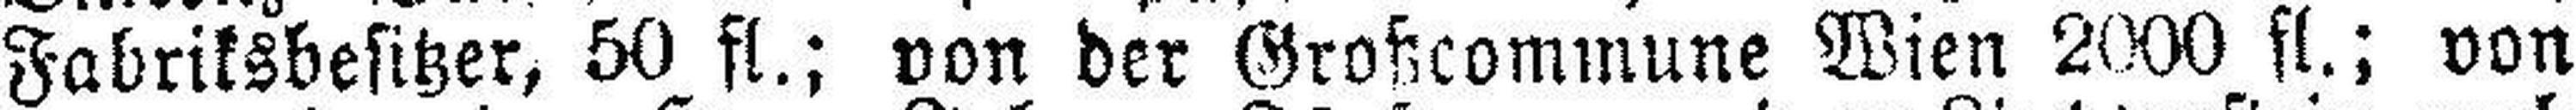
Fabriksbesitzer, 50 fl.; von der Großcommune Wien 2000 fl.; von